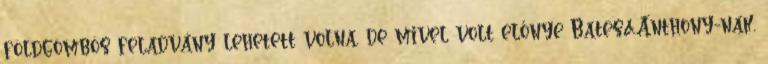
földgömbös feladvány lehetett volna, de mivel volt előnye Bates&Anthony-nak,